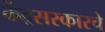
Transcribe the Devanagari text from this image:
केंद्रसरकारचे